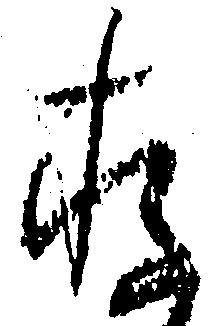
存